Statistics of inoculations with Haffkine's anti-plague vaccine 1897-1900
Year: 1897
Disease focus: Plague
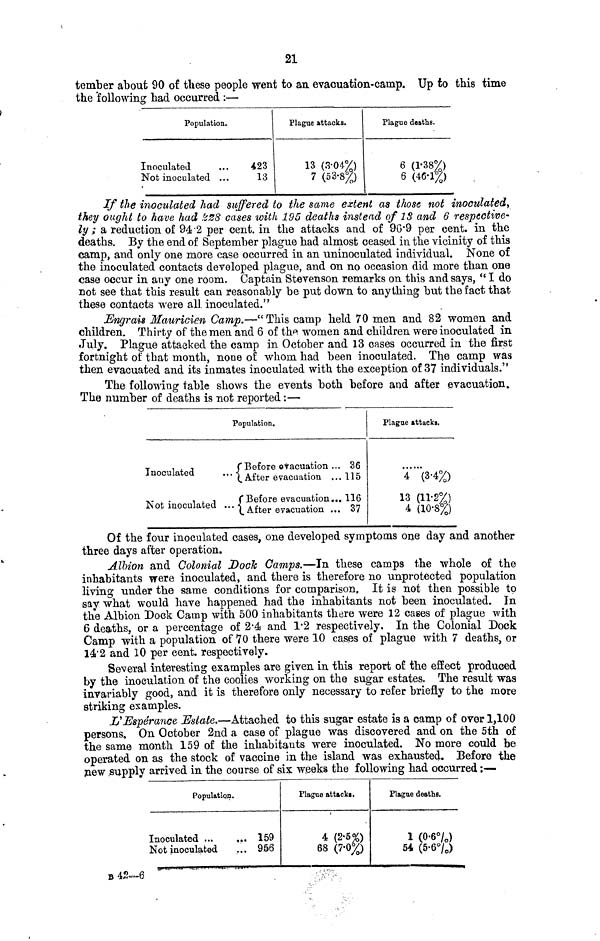
21
tember about 90 of these people went to an evacuation-camp. Up to this time
the following had occurred :—
Population.
Inoculated
...
423
Not inoculated ...
13
Plague attacks.
13 (3.04%)
7 (53.8%)
Plague deaths.
6 (1.38%)
6 (46·1%)
If the inoculated had suffered to the same extent as those not inoculated,
they ought to have had 228 cases with 195 deaths instead of 13 and 6 respective-
ly ; a reduction of 94 .2 per cent. in the attacks and of 96.9 per cent. in the
deaths. By the end of September plague had almost ceased in the vicinity of this
camp, and only one more case occurred in an uninoculated individual. None of
the inoculated contacts developed plague, and on no occasion did more than one
case occur in any one room. Captain Stevenson remarks on this and says, " I do
not see that this result can reasonably be put down to anything but the fact that
these contacts were all. inoculated."
Engrais Mauricien Camp.—"This camp held 70 men and 82 women and
children. Thirty of the men and 6 of the women and children were inoculated in
July. Plague attacked the camp in October and 13 oases occurred in the first
fortnight of that month, none of whom had been inoculated. The camp was
then evacuated and its inmates inoculated with the exception of 37 individuals."
The following table shows the events both before and after evacuation.
The number of deaths is not reported :—
Inoculated
Not inoculated
Population.
(Before evacuation ...
(
After evacuation ...
( Before evacuation ...
(
After evacuation ...
36
115
116
37
Plague attacks.
4(3.4%)
13 (11.2%)
4 (10.8%)
Of the four inoculated cases, one developed symptoms one day and another
three days after operation.
Albion and Colonial Dock Camps.—In these camps the whole of the
inhabitants were inoculated, and there is therefore no unprotected population
living under the same conditions for comparison, It is not then possible to
say what would have happened had the inhabitants not been inoculated. In
the Albion Dock Camp with 500 inhabitants there were 12 cases of plague with
6 deaths, or a percentage of 2.4 and 1.2 respectively. In the Colonial Dock
Camp with a population of 70 there were 10 cases of plague with 7 deaths, or
14.2 and 10 per cent. respectively.
Several interesting examples are given in this report of the effect produced
by the inoculation of the coolies working on the sugar estates. The result was
invariably good, and it is therefore only necessary to refer briefly to the more
striking examples.
L'Espérance Estate.—Attached to this sugar estate is a camp of over 1,100
persons. On October 2nd a case of plague was discovered and on the 5th of
the same month 159 of the inhabitants were inoculated. No more could be
operated on as the stock of vaccine in the island was exhausted. Before the
new supply arrived in the course of six weeks the following had occurred ;—
Population.
Inoculated ...
... 159
Not inoculated
... 956
Plague attack·.
4 (2.5%)
68 (7.0%)
Plague deaths.
1 (0·6%)
54 (5-6%)
Β 42—6